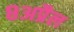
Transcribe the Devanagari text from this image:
८अप्रैल